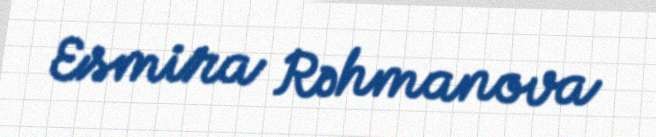
Esmira Rəhmanova